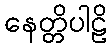
နေတ္တိပါဠိ